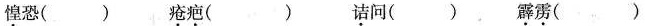
\underset{·}{惶}恐() \underset{·}{疮}\underset{·}{疤}() \underset{·}{诘}问() \underset{·}{霹}\underset{·}{雳}()